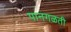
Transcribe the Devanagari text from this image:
पानगळती